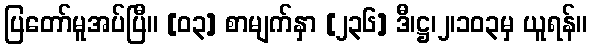
ပြတော်မူအပ်ပြီ။ [၀၃] စာမျက်နှာ [၂၃၆] ဒီ၊ဋ္ဌ၊၂၊၁၀၃မှ ယူရန်။